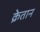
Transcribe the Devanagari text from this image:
क्रेतान